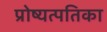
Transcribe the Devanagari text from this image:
प्रोष्यत्पतिका